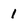
Character: 1